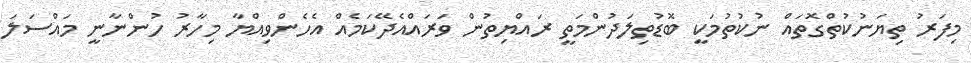
މިފަރު ތިޔަނުކުތްގޮތައް ނުކުތުމަކީ ބޮޑުތިލަދުންމަތީ ރައްޔިތުން ވަރައްއެދޭކަމެއް އެހެންވިއްޔާ މިހާރު ހުންނާނީ މައްސަލަ